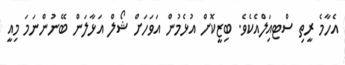
އެހާމެ ރީތި ސްޓއަިލްއެކެވެ. ބިޒީކޮށް އުޅެމުން އަވަހަށް ޝޯލް އަޅާލަން ބޭނުންނަމަ މިއީ